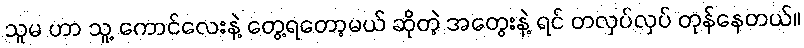
သူမ ဟာ သူ့ ကောင်လေးနဲ့ တွေ့ရတော့မယ် ဆိုတဲ့ အတွေးနဲ့ ရင် တလှပ်လှပ် တုန်နေတယ်။